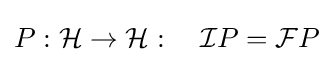
P:{\mathcal {H}}\rightarrow {\mathcal {H}}:\quad {\mathcal {I}}P={\mathcal {F}}P